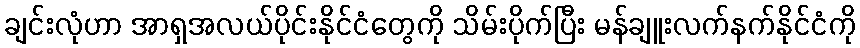
ချင်းလုံဟာ အာရှအလယ်ပိုင်းနိုင်ငံတွေကို သိမ်းပိုက်ပြီး မန်ချူးလက်နက်နိုင်ငံကို